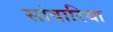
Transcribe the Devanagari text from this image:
सांवारिया